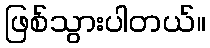
ဖြစ်သွားပါတယ်။